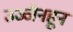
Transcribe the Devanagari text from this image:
उज्जैनहून